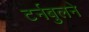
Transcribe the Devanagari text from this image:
टर्नबुलने